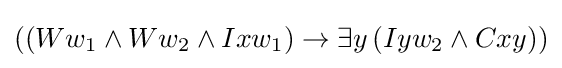
((Ww_{1}\land Ww_{2}\land Ixw_{1})\rightarrow \exists y\,(Iyw_{2}\land Cxy))